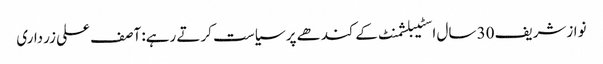
نوازشریف 30 سال اسٹیبلشمنٹ کےکندھے پر سیاست کرتے رہے: آصف علی زرداری